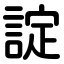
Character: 諚